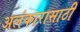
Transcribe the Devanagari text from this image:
अलंकारासाठी